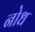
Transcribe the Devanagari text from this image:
नोध